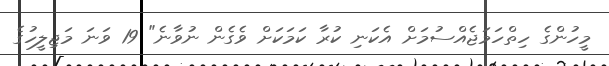
މީހުންގެ ހިތްހަމަޖެއްސުމަށް އެކަނި ކުރާ ކަމަކަށް ވެގެން ނުވާނެ" 19 ވަނަ މަޖިލީހުގެ